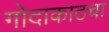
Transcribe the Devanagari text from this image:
गोदाकाठचा